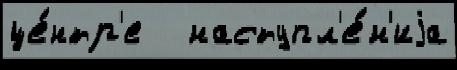
це́нтр'е   наступл'е́н'иjа